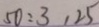
5 0 : 3 , 2 5